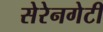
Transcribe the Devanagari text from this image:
सेरेनगेटी